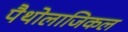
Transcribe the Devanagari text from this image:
पैथोलाजिकल